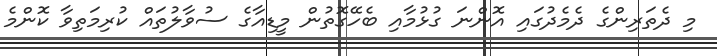
މި ދެތަރިންގެ ދެމެދުގައި އޮންނަ ގުޅުމާއި ބެހޭގޮތުން މީޑިއާގެ ސުވާލުތައް ކުރިމަތިވާ ކޮންމެ